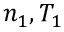
n _ { 1 } , T _ { 1 }